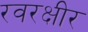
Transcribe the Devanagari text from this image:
रवरक्षीर